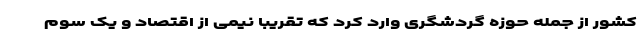
کشور از جمله حوزه گردشگری وارد کرد که تقریبا نیمی از اقتصاد و یک سوم